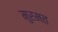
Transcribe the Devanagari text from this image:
मुरमत